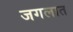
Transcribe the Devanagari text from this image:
जगलात